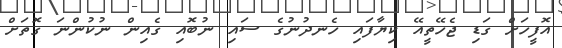
އޮފީހަށް ގަޑި ޖެހޭތީއޭ ކިޔާފައި ހެނދުނުގެ ސައި ނުބޮއި ގެއިން ނުކުންނަ ގޮތަށް